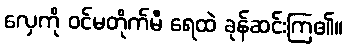
လှေကို ဝင်မတိုက်မီ ရေထဲ ခုန်ဆင်းကြ၏။